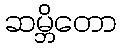
ဆမ္ဘိတော